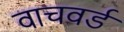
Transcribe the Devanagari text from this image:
वाचवर्ड